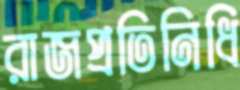
রাজপ্রতিনিধি